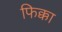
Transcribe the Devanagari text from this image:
फिक्का